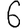
Digit: 6